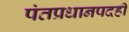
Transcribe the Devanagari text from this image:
पंतप्रधानपदही